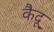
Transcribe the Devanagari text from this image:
कैदू